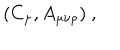
LaTeX: ( C _ { \mu } , A _ { \mu \nu \rho } ) \ ,